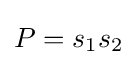
P=s_{1}s_{2}